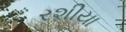
રશીયા